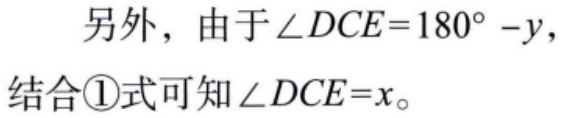
另外，由于\(\angle DCE = 180^{\circ}-y\)，
结合\textcircled{1}式可知\(\angle DCE = x\)。